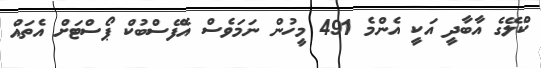
ކްލޭގެ އާބާދީ އަކީ އެންމެ 491 މީހުން ނަމަވެސް އެފޭސްބުކް ޕޯސްޓަށް އެތައް